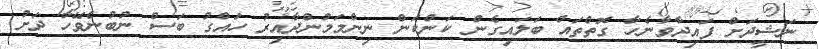
ނަޝީދަށް ފައިދާވާނެހާ ގޮތްތައް ބަލައިގެން ކަންކަން ނިންމަމުންދާއިރު ހައްގު ބަސް ނުބުނެވޭހާ ދަށު